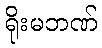
ရိုးမဘဏ်